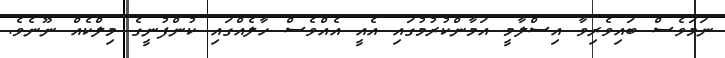
ނަމަވެސް ބައިވެރިވާ އިސްލާމީ އަމާންކުރުމުގައި އެއީ އެއްވެސް ހާލެއްގައި ކުންފުނީގެ މިލްކެއް ނޫނެވެ.